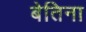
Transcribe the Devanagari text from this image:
बेतिना